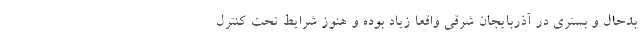
بدحال و بستری در آذربایجان شرقی واقعا زیاد بوده و هنوز شرایط تحت کنترل